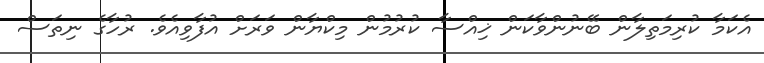
އެކަމާ ކުރިމަތިލާން ބޭނުންވާކަން ޚިއްސާ ކުރުމުން މިކްޔާން ވަރަށް އުފާވިއެވެ. ރުހާގެ ނިތަސް